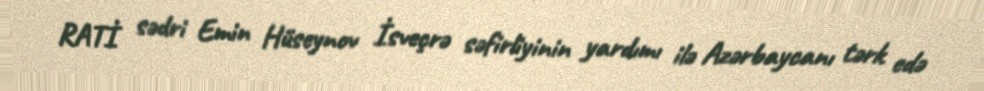
RATİ sədri Emin Hüseynov İsveçrə səfirliyinin yardımı ilə Azərbaycanı tərk edə